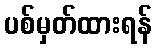
ပစ်မှတ်ထားရန်